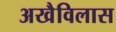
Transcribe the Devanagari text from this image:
अखैविलास